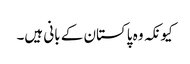
کیونکہ وہ پاکستان کے بانی ہیں۔